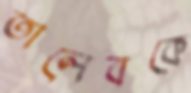
তালেবকে